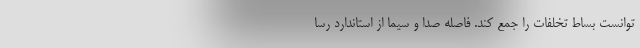
‌توانست بساط تخلفات را جمع کند. فاصله صدا و سیما از استاندارد رسا